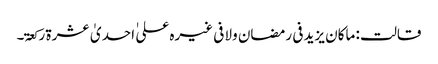
قالت : ماکان یزید فی رمضان ولا فی غیرہ علی ٰ احدیٰ عشرۃ رکعۃ۔